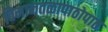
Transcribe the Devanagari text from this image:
विमानतळापाठोपाठ